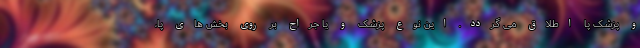
و پزشک پا اطلاق می گردد. این نوع پزشک و یا جراح بر روی بخش های پا،